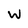
Character: w